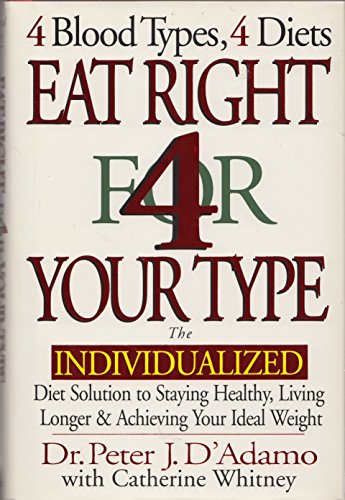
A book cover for Eat Right for Your Type Live Right for Your Type (4 blood types, 4 diets 4 blood types, 4 programs); Dr.Peter J. D'Adamo; Health, Fitness & Dieting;